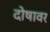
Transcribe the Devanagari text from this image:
दोषावर